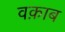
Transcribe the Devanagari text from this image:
वक़ाब